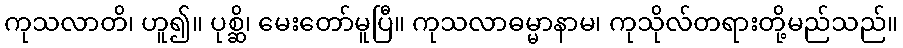
ကုသလာတိ၊ ဟူ၍။ ပုစ္ဆိ၊ မေးတော်မူပြီ။ ကုသလာဓမ္မာနာမ၊ ကုသိုလ်တရားတို့မည်သည်။